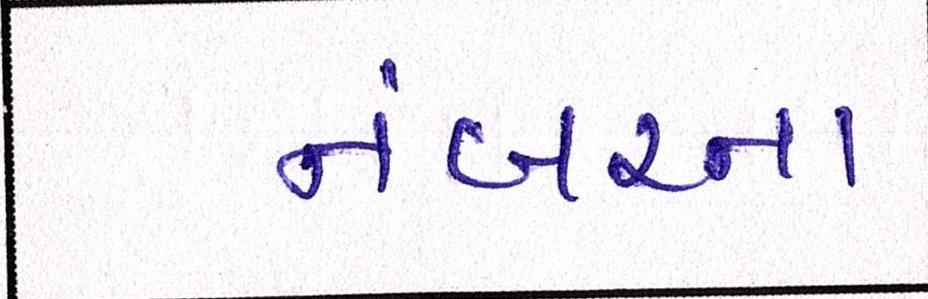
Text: નંબરના